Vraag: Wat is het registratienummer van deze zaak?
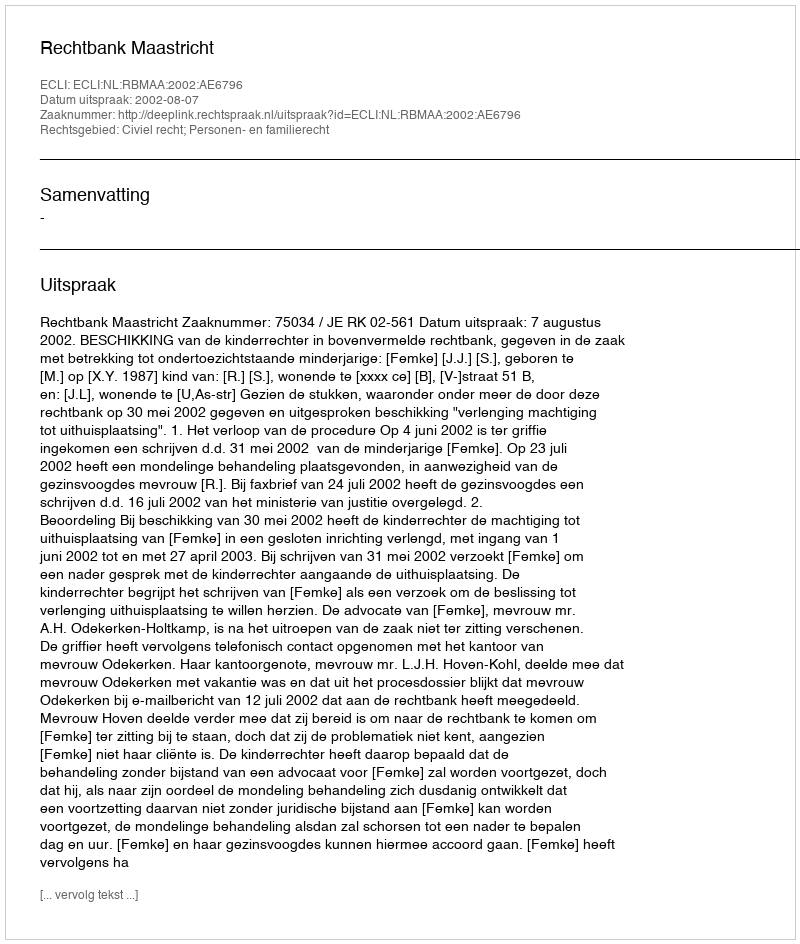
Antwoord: http://deeplink.rechtspraak.nl/uitspraak?id=ECLI:NL:RBMAA:2002:AE6796